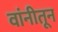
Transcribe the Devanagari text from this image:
वांनीतून